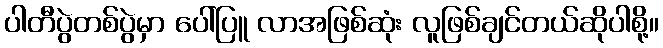
ပါတီပွဲတစ်ပွဲမှာ ပေါ်ပြူ လာအဖြစ်ဆုံး လူဖြစ်ချင်တယ်ဆိုပါစို့။